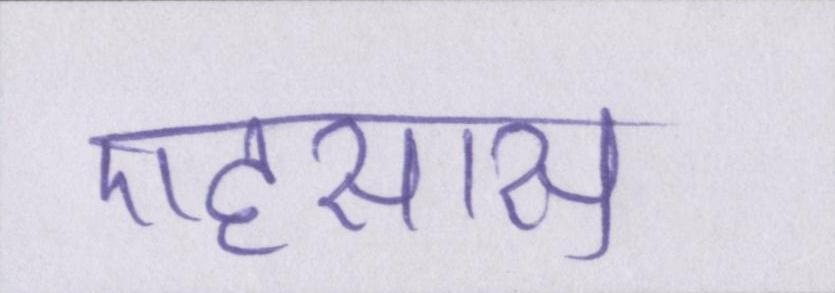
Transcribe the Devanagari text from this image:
एहसास